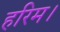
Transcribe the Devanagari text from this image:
हरिम।